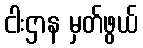
ငါးဌာန မှတ်ဖွယ်